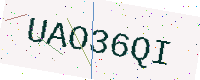
Text: UAO36QI